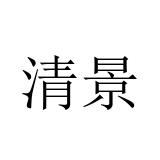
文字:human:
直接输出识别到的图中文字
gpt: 清景